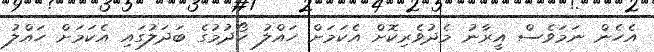
އެހެން ނަމަވެސް އީރާނު މެދުވެރިކޮށް އެކަމަށް ހައްލު ހޯދުމުގެ ބަދަލުގައި އެކަމަށް ހައްލު